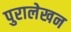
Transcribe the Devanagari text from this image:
पुरालेखन